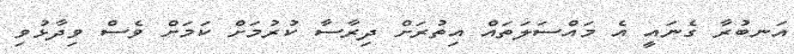
އަނބުރާ ގެނައީ އެ މައްސަލަތައް އިތުރަށް ދިރާސާ ކުރުމަށް ކަމަށް ވެސް ވިދާޅުވި